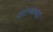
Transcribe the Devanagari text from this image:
व्होल्गाच्या